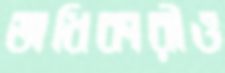
অধিকারীও